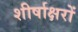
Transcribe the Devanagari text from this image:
शीर्षाक्षरों